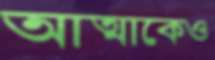
আত্মাকেও